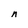
Character: n